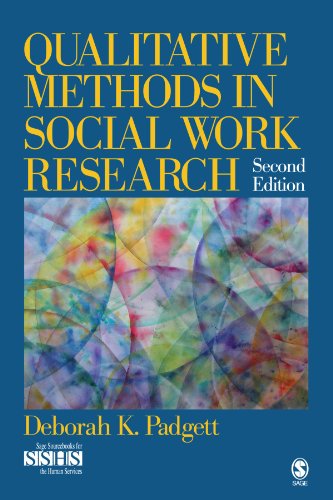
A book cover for Qualitative Methods in Social Work Research (SAGE Sourcebooks for the Human Services); Deborah K. (Kay) Padgett; Politics & Social Sciences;